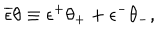
\overline { { { \epsilon } } } \theta \equiv \epsilon ^ { + } \theta _ { + } + \epsilon ^ { - } \theta _ { - } ,